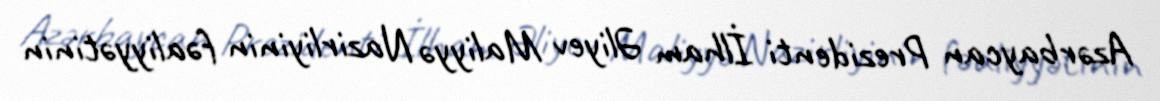
Azərbaycan Prezidenti İlham Əliyev Maliyyə Nazirliyinin fəaliyyətinin